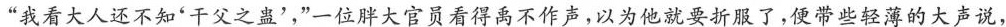
“我看大人还不知‘干父之蛊’,”一位胖大官员看得禹不作声,以为他就要折服了,便带些轻薄的大声说，